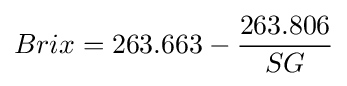
Brix=263.663-{\frac {263.806}{SG}}